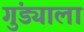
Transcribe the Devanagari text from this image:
गुंड्याला